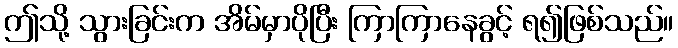
ဤသို့ သွားခြင်းက အိမ်မှာပိုပြီး ကြာကြာနေခွင့် ရ၍ဖြစ်သည်။